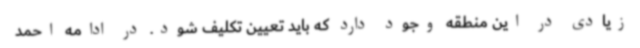
زیادی در این منطقه وجود دارد که باید تعیین تکلیف شود. در ادامه احمد